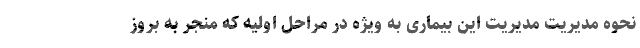
نحوه مدیریت مدیریت این بیماری به ویژه در مراحل اولیه که منجر به بروز